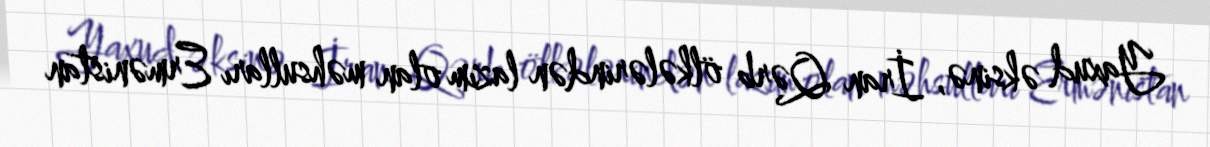
Yaxud əksinə, İran Qərb ölkələrindən lazım olan məhsulları Ermənistan